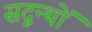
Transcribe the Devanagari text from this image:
सद्ग्रन्थों